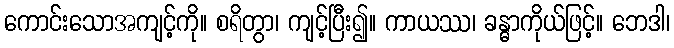
ကောင်းသောအကျင့်ကို။ စရိတွာ၊ ကျင့်ပြီး၍။ ကာယဿ၊ ခန္ဓာကိုယ်ဖြင့်။ ဘေဒါ၊